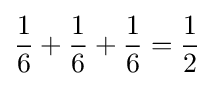
{\frac {1}{6}}+{\frac {1}{6}}+{\frac {1}{6}}={\frac {1}{2}}